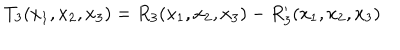
T _ { 3 } ( x _ { 1 } , x _ { 2 } , x _ { 3 } ) = R _ { 3 } ( x _ { 1 } , x _ { 2 } , x _ { 3 } ) - R _ { 3 } ^ { \prime } ( x _ { 1 } , x _ { 2 } , x _ { 3 } )